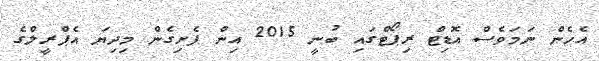
އެހެން ނަމަވެސް އޮޑިޓް ރިޕޯޓްގައި ބުނީ 2015 އިން ފެށިގެން މިދިޔަ އެޕްރީލްގެ